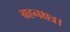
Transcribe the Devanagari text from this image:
ग्रहनक्षत्र।